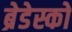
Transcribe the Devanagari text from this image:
ब्रेडेस्को